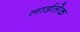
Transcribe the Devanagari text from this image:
लार्डलेक